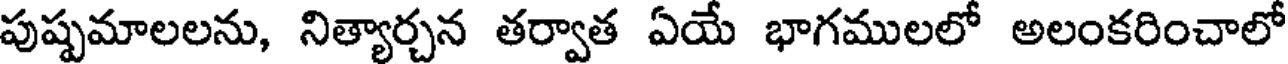
పుష్పమాలలను, నిత్యార్చన తర్వాత ఏయే భాగములలో అలంకరించాలో